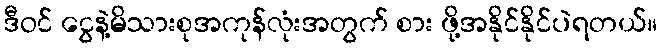
ဒီဝင် ငွေနဲ့မိသားစုအကုန်လုံးအတွက် စား ဖို့အနိုင်နိုင်ပဲရတယ်။